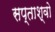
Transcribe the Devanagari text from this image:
सप्ताश्वो